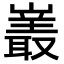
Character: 𪩝